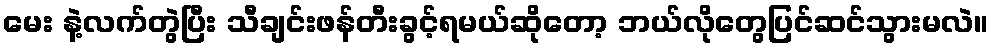
မေး နဲ့လက်တွဲပြီး သီချင်းဖန်တီးခွင့်ရမယ်ဆိုတော့ ဘယ်လိုတွေပြင်ဆင်သွားမလဲ။